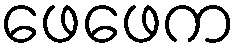
ဖေဖေက